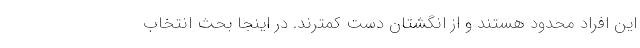
این افراد محدود هستند و از انگشتان دست کمترند. در اینجا بحث انتخاب